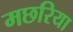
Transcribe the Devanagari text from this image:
मछरिया